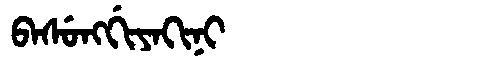
Manchu: ᠪᠠᠰᡠᠩᡤᡳᠶᠠᡴᡳᠨᡳ
Romanization: BASUNGGIYAKINI